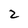
Character: 2